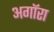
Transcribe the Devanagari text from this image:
अगॉरा